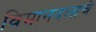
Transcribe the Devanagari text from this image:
विमानदलाचे